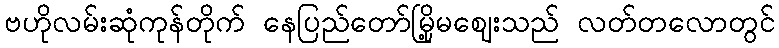
ဗဟိုလမ်းဆုံကုန်တိုက် နေပြည်တော်မြို့မဈေးသည် လတ်တလောတွင်